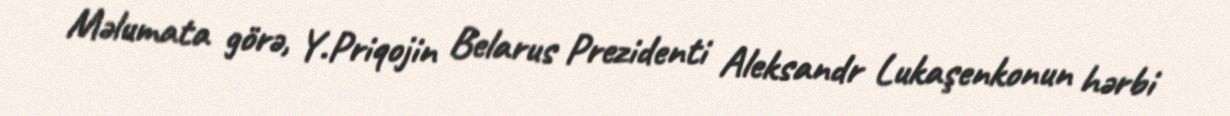
Məlumata görə, Y.Priqojin Belarus Prezidenti Aleksandr Lukaşenkonun hərbi